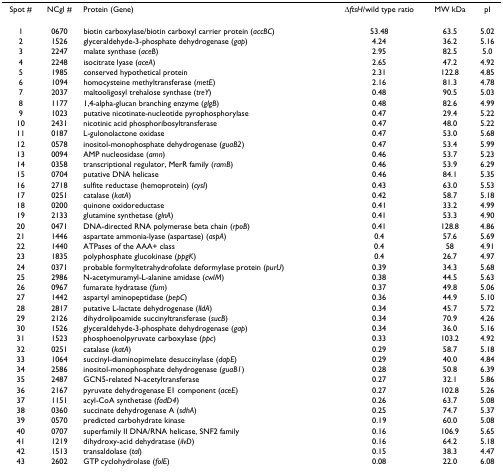
<table><thead><tr><td><b>Spot #</b></td><td><b>NCgl #</b></td><td><b>Protein (Gene)</b></td><td><b>Δ<i>ftsH</i>/wild type ratio</b></td><td><b>MW kDa</b></td><td><b>pI</b></td></tr></thead><tbody><tr><td>1</td><td>0670</td><td>biotin carboxylase/biotin carboxyl carrier protein (<i>accBC</i>)</td><td>53.48</td><td>63.5</td><td>5.02</td></tr><tr><td>2</td><td>1526</td><td>glyceraldehyde-3-phosphate dehydrogenase (<i>gap</i>)</td><td>4.24</td><td>36.2</td><td>5.16</td></tr><tr><td>3</td><td>2247</td><td>malate synthase (<i>aceB</i>)</td><td>2.95</td><td>82.5</td><td>5.0</td></tr><tr><td>4</td><td>2248</td><td>isocitrate lyase (<i>aceA</i>)</td><td>2.65</td><td>47.2</td><td>4.92</td></tr><tr><td>5</td><td>1985</td><td>conserved hypothetical protein</td><td>2.31</td><td>122.8</td><td>4.85</td></tr><tr><td>6</td><td>1094</td><td>homocysteine methyltransferase (<i>metE</i>)</td><td>2.16</td><td>81.3</td><td>4.78</td></tr><tr><td>7</td><td>2037</td><td>maltooligosyl trehalose synthase (<i>treY</i>)</td><td>0.48</td><td>90.5</td><td>5.03</td></tr><tr><td>8</td><td>1177</td><td>1,4-alpha-glucan branching enzyme (<i>glgB</i>)</td><td>0.48</td><td>82.6</td><td>4.99</td></tr><tr><td>9</td><td>1023</td><td>putative nicotinate-nucleotide pyrophosphorylase</td><td>0.47</td><td>29.4</td><td>5.22</td></tr><tr><td>10</td><td>2431</td><td>nicotinic acid phosphoribosyltransferase</td><td>0.47</td><td>48.0</td><td>5.22</td></tr><tr><td>11</td><td>0187</td><td>L-gulonolactone oxidase</td><td>0.47</td><td>53.0</td><td>5.68</td></tr><tr><td>12</td><td>0578</td><td>inositol-monophosphate dehydrogenase (<i>guaB2</i>)</td><td>0.47</td><td>53.4</td><td>5.99</td></tr><tr><td>13</td><td>0094</td><td>AMP nucleosidase (<i>amn</i>)</td><td>0.46</td><td>53.7</td><td>5.23</td></tr><tr><td>14</td><td>0358</td><td>transcriptional regulator, MerR family (<i>ramB</i>)</td><td>0.46</td><td>53.9</td><td>6.29</td></tr><tr><td>15</td><td>0704</td><td>putative DNA helicase</td><td>0.46</td><td>84.1</td><td>5.35</td></tr><tr><td>16</td><td>2718</td><td>sulfite reductase (hemoprotein) (<i>cysI</i>)</td><td>0.43</td><td>63.0</td><td>5.53</td></tr><tr><td>17</td><td>0251</td><td>catalase (<i>katA</i>)</td><td>0.42</td><td>58.7</td><td>5.18</td></tr><tr><td>18</td><td>0200</td><td>quinone oxidoreductase</td><td>0.41</td><td>33.2</td><td>4.99</td></tr><tr><td>19</td><td>2133</td><td>glutamine synthetase (<i>glnA</i>)</td><td>0.41</td><td>53.3</td><td>4.90</td></tr><tr><td>20</td><td>0471</td><td>DNA-directed RNA polymerase beta chain (<i>rpoB</i>)</td><td>0.41</td><td>128.8</td><td>4.86</td></tr><tr><td>21</td><td>1446</td><td>aspartate ammonia-lyase (aspartase) (<i>aspA</i>)</td><td>0.4</td><td>57.6</td><td>5.69</td></tr><tr><td>22</td><td>1440</td><td>ATPases of the AAA+ class</td><td>0.4</td><td>58</td><td>4.91</td></tr><tr><td>23</td><td>1835</td><td>polyphosphate glucokinase (<i>ppgK</i>)</td><td>0.4</td><td>26.7</td><td>4.97</td></tr><tr><td>24</td><td>0371</td><td>probable formyltetrahydrofolate deformylase protein (<i>purU</i>)</td><td>0.39</td><td>34.3</td><td>5.68</td></tr><tr><td>25</td><td>2986</td><td>N-acetymuramyl-L-alanine amidase (<i>cwlM</i>)</td><td>0.38</td><td>44.5</td><td>5.63</td></tr><tr><td>26</td><td>0967</td><td>fumarate hydratase (<i>fum</i>)</td><td>0.37</td><td>49.8</td><td>5.06</td></tr><tr><td>27</td><td>1442</td><td>aspartyl aminopeptidase (<i>pepC</i>)</td><td>0.36</td><td>44.9</td><td>5.10</td></tr><tr><td>28</td><td>2817</td><td>putative L-lactate dehydrogenase (<i>lldA</i>)</td><td>0.34</td><td>45.7</td><td>5.72</td></tr><tr><td>29</td><td>2126</td><td>dihydrolipoamide succinyltransferase (<i>sucB</i>)</td><td>0.34</td><td>70.9</td><td>4.26</td></tr><tr><td>30</td><td>1526</td><td>glyceraldehyde-3-phosphate dehydrogenase (<i>gap</i>)</td><td>0.34</td><td>36.0</td><td>5.16</td></tr><tr><td>31</td><td>1523</td><td>phosphoenolpyruvate carboxylase (<i>ppc</i>)</td><td>0.33</td><td>103.2</td><td>4.92</td></tr><tr><td>32</td><td>0251</td><td>catalase (<i>katA</i>)</td><td>0.29</td><td>58.7</td><td>5.18</td></tr><tr><td>33</td><td>1064</td><td>succinyl-diaminopimelate desuccinylase (<i>dapE</i>)</td><td>0.29</td><td>40.0</td><td>4.84</td></tr><tr><td>34</td><td>2586</td><td>inositol-monophosphate dehydrogenase (<i>guaB1</i>)</td><td>0.28</td><td>50.8</td><td>6.39</td></tr><tr><td>35</td><td>2487</td><td>GCN5-related N-acetyltransferase</td><td>0.27</td><td>32.1</td><td>5.86</td></tr><tr><td>36</td><td>2167</td><td>pyruvate dehydrogenase E1 component (<i>aceE</i>)</td><td>0.27</td><td>102.8</td><td>5.26</td></tr><tr><td>37</td><td>1151</td><td>acyl-CoA synthetase (<i>fadD4</i>)</td><td>0.26</td><td>63.7</td><td>5.08</td></tr><tr><td>38</td><td>0360</td><td>succinate dehydrogenase A (<i>sdhA</i>)</td><td>0.25</td><td>74.7</td><td>5.37</td></tr><tr><td>39</td><td>0570</td><td>predicted carbohydrate kinase</td><td>0.19</td><td>60.0</td><td>5.08</td></tr><tr><td>40</td><td>0707</td><td>superfamily II DNA/RNA helicase, SNF2 family</td><td>0.16</td><td>106.9</td><td>5.65</td></tr><tr><td>41</td><td>1219</td><td>dihydroxy-acid dehydratase (<i>ilvD</i>)</td><td>0.16</td><td>64.2</td><td>5.18</td></tr><tr><td>42</td><td>1513</td><td>transaldolase (<i>tal</i>)</td><td>0.15</td><td>38.3</td><td>4.47</td></tr><tr><td>43</td><td>2602</td><td>GTP cyclohydrolase (<i>folE</i>)</td><td>0.08</td><td>22.0</td><td>6.08</td></tr></tbody></table>